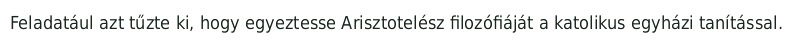
Feladatául azt tűzte ki, hogy egyeztesse Arisztotelész filozófiáját a katolikus egyházi tanítással.